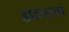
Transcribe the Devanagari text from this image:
डफनाला